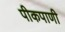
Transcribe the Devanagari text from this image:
पीकपाणी